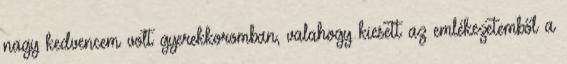
nagy kedvencem volt gyerekkoromban, valahogy kiesett az emlékezetemből a